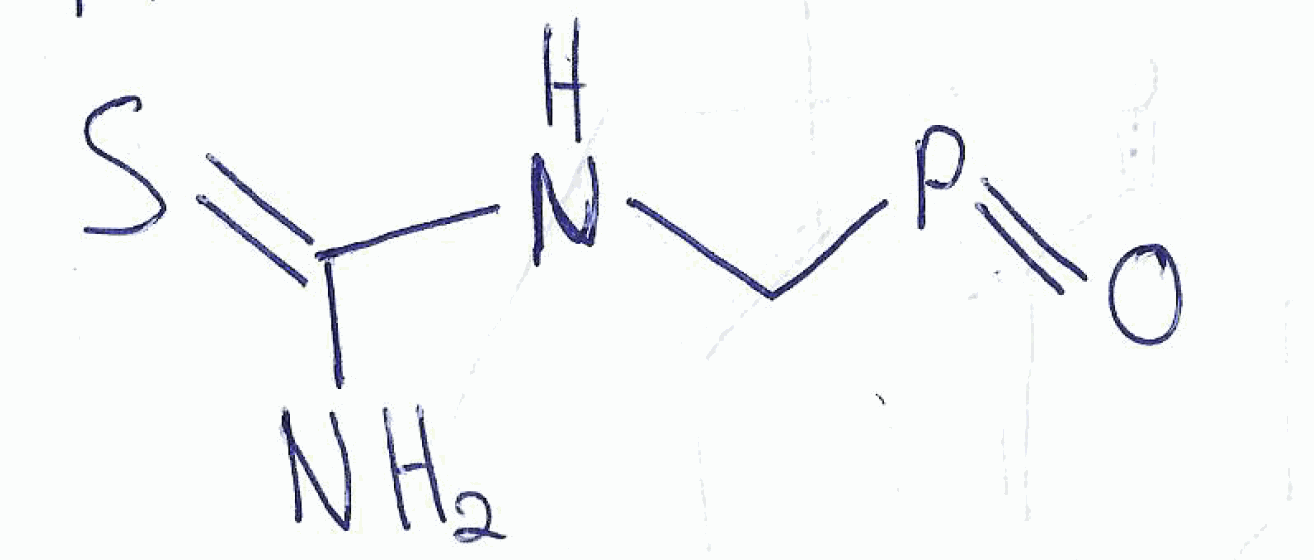
Simplified molecular-input line-entry system (SMILES) notation of the given molecule:
C(NC(=S)N)P=O